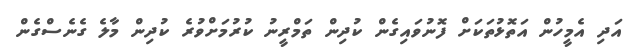
އަދި އެމީހުން އަތޮޅުތަކަށް ފޮނުވައިގެން ކުދިން ތަމްރީނު ކުރުމަށްވުރެ ކުދިން މާލެ ގެނެސްގެން